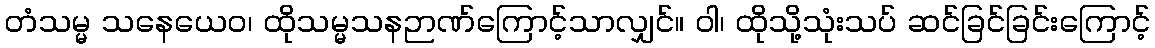
တံသမ္မ သနေယေဝ၊ ထိုသမ္မသနဉာဏ်ကြောင့်သာလျှင်။ ဝါ၊ ထိုသို့သုံးသပ် ဆင်ခြင်ခြင်းကြောင့်